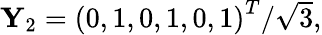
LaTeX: \begin{array}{r}{\mathbf{Y}_{2}=\left(0,1,0,1,0,1\right)^{T}/\sqrt{3},}\end{array}